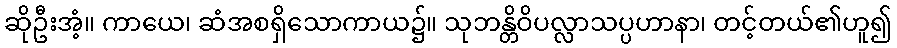
ဆိုဦးအံ့။ ကာယေ၊ ဆံအစရှိသောကာယ၌။ သုဘန္တိဝိပလ္လာသပ္ပဟာနာ၊ တင့်တယ်၏ဟူ၍